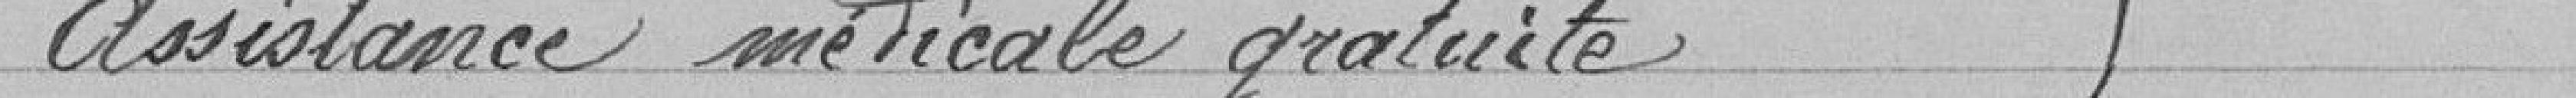
Assistances médicale gratuite